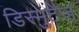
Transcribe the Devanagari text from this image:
डिस्मुटेज